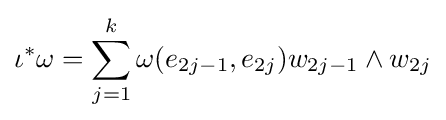
\iota ^{\ast }\omega =\sum _{j=1}^{k}\omega (e_{2j-1},e_{2j})w_{2j-1}\wedge w_{2j}